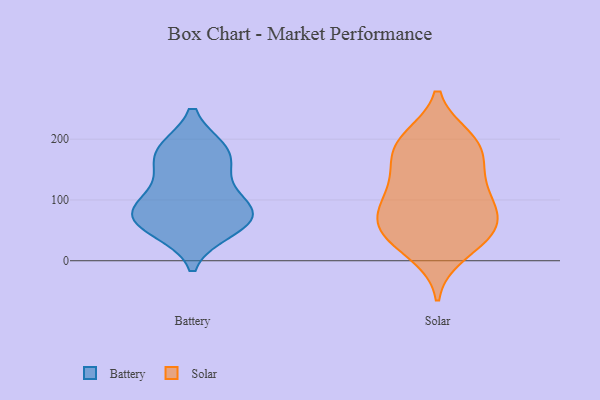
{"axis": {"x": "Market Share (%)", "y": "Value"}, "legend": ["Battery", "Solar"], "data": [{"x": "", "y": 66, "type": "Battery"}, {"x": "", "y": 95, "type": "Battery"}, {"x": "", "y": 52, "type": "Battery"}, {"x": "", "y": 181, "type": "Battery"}, {"x": "", "y": 78, "type": "Battery"}, {"x": "", "y": 180, "type": "Battery"}, {"x": "", "y": 134, "type": "Battery"}, {"x": "", "y": 84, "type": "Battery"}, {"x": "", "y": 173, "type": "Battery"}, {"x": "", "y": 64, "type": "Battery"}, {"x": "", "y": 148, "type": "Solar"}, {"x": "", "y": 194, "type": "Solar"}, {"x": "", "y": 39, "type": "Solar"}, {"x": "", "y": 77, "type": "Solar"}, {"x": "", "y": 48, "type": "Solar"}, {"x": "", "y": 184, "type": "Solar"}, {"x": "", "y": 96, "type": "Solar"}, {"x": "", "y": 111, "type": "Solar"}, {"x": "", "y": 46, "type": "Solar"}, {"x": "", "y": 189, "type": "Solar"}, {"x": "", "y": 200, "type": "Solar"}, {"x": "", "y": 54, "type": "Solar"}, {"x": "", "y": 13, "type": "Solar"}, {"x": "", "y": 137, "type": "Solar"}, {"x": "", "y": 85, "type": "Solar"}]}